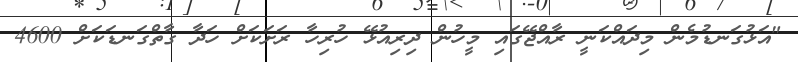
"އަޅުގަނޑުމެން މިދައްކަނީ ރާއްޖޭގައި މީހުން ދިރިއުޅޭ ހުރިހާ ރަށަކަށް ހަދާ ގާތްގަނޑަކަށް 4600